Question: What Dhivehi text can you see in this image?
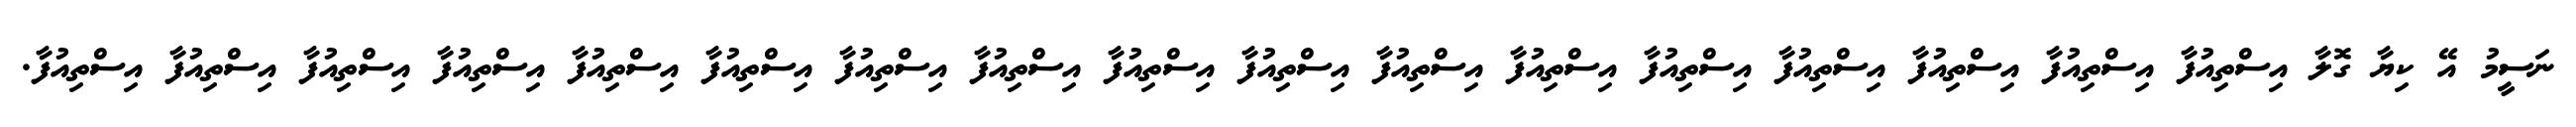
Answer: ނަސީމު އޭ ކިޔާ ގޮލާ އިސްތިއުފާ އިސްތިއުފާ އިސްތިއުފާ އިސްތިއުފާ އިސްތިއުފާ އިސްތިއުފާ އިސްތިއުފާ އިސްތިއުފާ އިސްތިއުފާ އިސްތިއުފާ އިސްތިއުފާ އިސްތިއުފާ އިސްތިއުފާ އިސްތިއުފާ އިސްތިއުފާ އިސްތިއުފާ އިސްތިއުފާ.